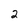
Character: 2